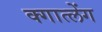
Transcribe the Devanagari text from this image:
क्गात्लेंग